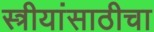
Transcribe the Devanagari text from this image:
स्त्रीयांसाठीचा